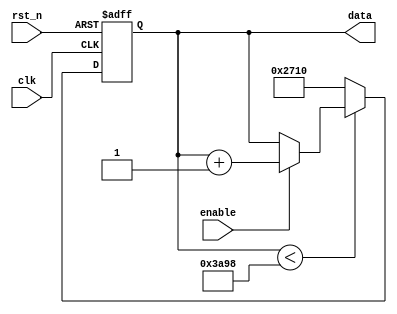
/*=============================================================================
# FileName    :	test_data.v
# Author      :	author
# Email       :	email@email.com
# Description :	
# Version     :	1.0
# LastChange  :	2018-12-14 17:18:53
# ChangeLog   :	
=============================================================================*/

`timescale  1 ns/1 ps

module test_data
(
    input   wire                clk,
    input   wire                rst_n,
    input   wire                enable,

    output  reg  [31:00]        data
);


always @ (posedge clk or negedge rst_n)
begin
    if(~rst_n)
        data <= 10000;
    else if(data < 15000)
    begin
        if(enable)
            data <= data + 1'b1;
            //data <= 12000;
    end
    else
        data <= 10000;
end
endmodule